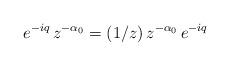
LaTeX: \begin{align*} e^{-iq}\, z^{-\alpha_0} = (1/z)\, z^{-\alpha_0}\, e^{-iq}\,\end{align*}